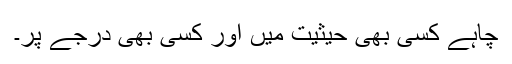
چاہے کسی بھی حیثیت میں اور کسی بھی درجے پر۔